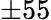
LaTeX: \pm 55